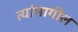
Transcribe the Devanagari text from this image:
त्यांमागील